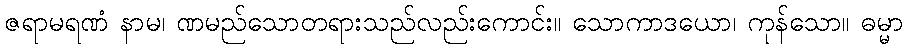
ဇရာမရဏံ နာမ၊ ဏမည်သောတရားသည်လည်းကောင်း။ သောကာဒယော၊ ကုန်သော။ ဓမ္မာ